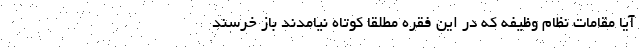
آیا مقامات نظام وظیفه که در این فقره مطلقا کوتاه نیامدند باز خرسند